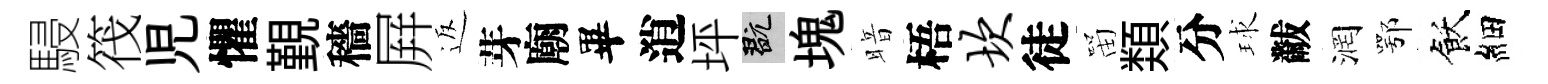
駸筏児懼覲穡屛返芽廟畢逍坪玩塊暗梧坎徒㽞𩔖分球黻润鄂飫細